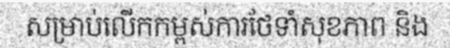
សម្រាប់លើកកម្ពស់ការថែទាំសុខភាព និង